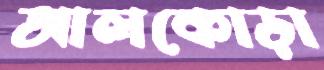
আলকোড়া